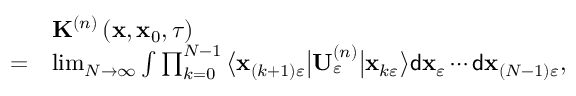
\begin{array} { r l } & { \mathbf { K } ^ { \left( n \right) } \left( \mathbf { x } , \mathbf { x } _ { 0 } , \tau \right) } \\ { = } & { \operatorname* { l i m } _ { N \rightarrow \infty } \int \prod _ { k = 0 } ^ { N - 1 } \big \langle \mathbf { x } _ { \left( k + 1 \right) \varepsilon } \big \vert \mathbf { U } _ { \varepsilon } ^ { \left( n \right) } \big \vert \mathbf { x } _ { k \varepsilon } \big \rangle \mathsf { d } \mathbf { x } _ { \varepsilon } \cdots \mathsf { d } \mathbf { x } _ { \left( N - 1 \right) \varepsilon } , } \end{array}